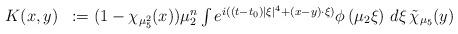
LaTeX: \begin{align*}\begin{array}{ll}K(x,y) & : = (1- \chi_{\mu_{5}^{2}} (x)) \mu_{2}^{n} \int e^{i ( (t-t_{0}) |\xi|^{4} + (x-y) \cdot \xi )}\phi \left(\mu_{2} \xi \right) \, d \xi \, \tilde{\chi}_{\mu_{5}}(y)\end{array}\end{align*}